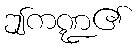
ဤကဏ္ဍ၏